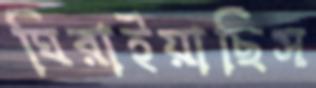
ঘিরাইয়াছিস